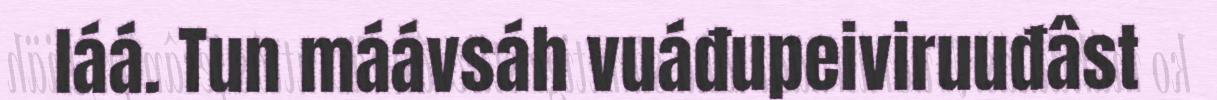
láá. Tun máávsáh vuáđupeiviruuđâst